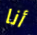
أنا